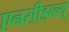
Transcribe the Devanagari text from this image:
एनसीडब्ल्यू